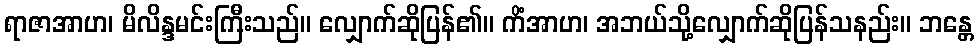
ရာဇာအာဟ၊ မိလိန္ဒမင်းကြီးသည်။ လျှောက်ဆိုပြန်၏။ ကိံအာဟ၊ အဘယ်သို့လျှောက်ဆိုပြန်သနည်း။ ဘန္တေ